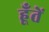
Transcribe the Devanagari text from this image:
हूँतें